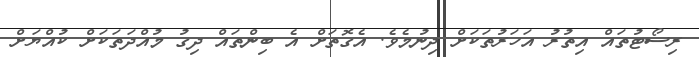
ރިސޯޓުތައް އިތުރު އަހަރުތަކަށް ދިނުމެވެ. އެގޮތަށް އެ ބިންތައް ދިގު މުއްދަތަކަށް ކުއްޔަށް